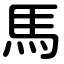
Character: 馬